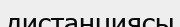
дистанциясы